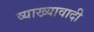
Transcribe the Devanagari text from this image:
व्याख्यावादी